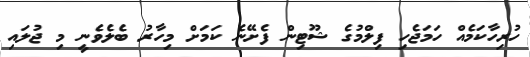
ހުރިހާކަމެއް ހަމަޖެހި ފިލްމުގެ ޝޫޓިން ފެށޭނެ ކަމަށް މިހާރު ބެލެވެނީ މި ޖުލައި